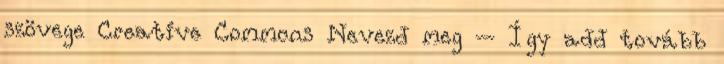
szövege Creative Commons Nevezd meg – Így add tovább